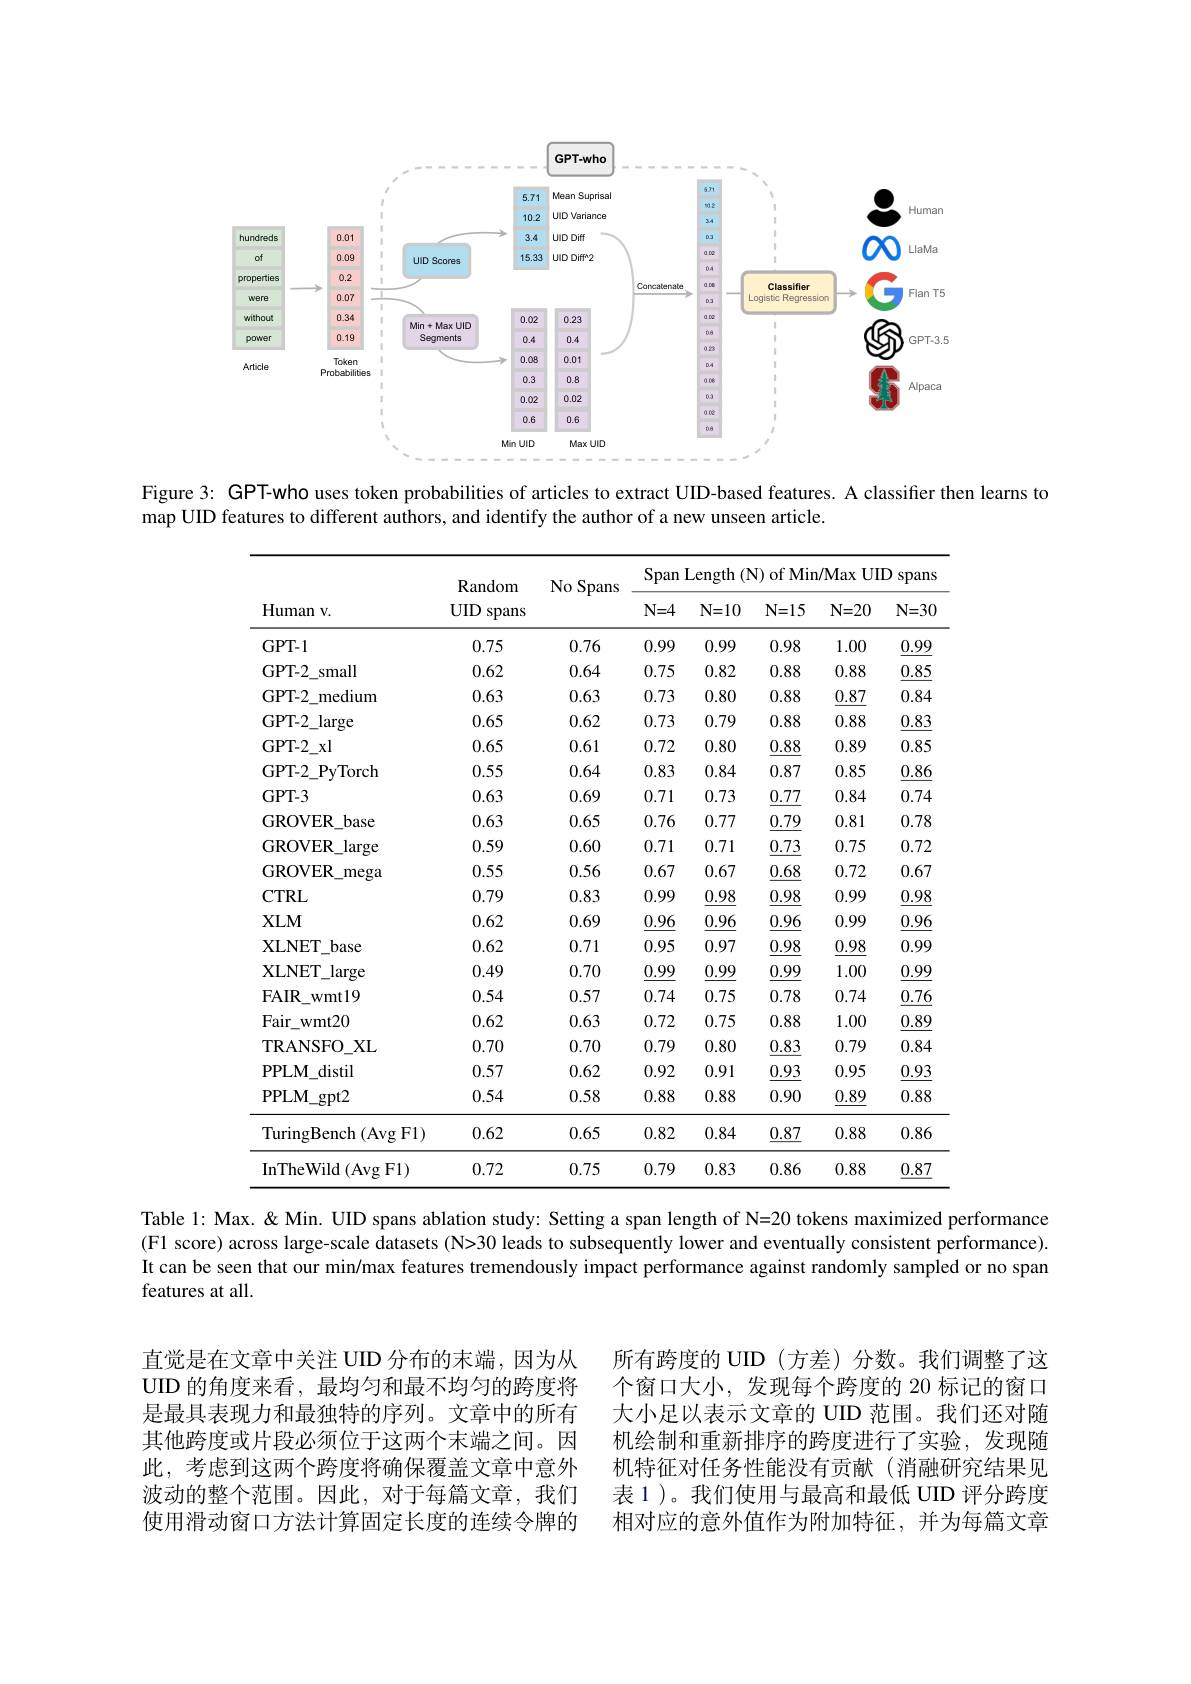
<FigureHere>

Figure 3: GPT-who uses token probabilities of articles to extract UID-based features. A classifier then learns to
map UID features to different authors, and identify the author of a new unseen article.

<table>
	<tbody>
		<tr>
			<th rowspan="2">Human v. </th>
			<th rowspan="2">Random UID spans</th>
			<th rowspan="2">No Spans</th>
			<th colspan="5">Span Length (N) of Min/Max UID spans $1\leq$</th>
		</tr>
		<tr>
			<th>$N=4$</th>
			<th>$N=10$</th>
			<th>$N=15$</th>
			<th>$N=20$</th>
			<th>$N=30$</th>
		</tr>
		<tr>
			<td>$GPT-1$</td>
			<td>0.75</td>
			<td>0.76</td>
			<td>0.99</td>
			<td>0.99</td>
			<td>0.98</td>
			<td>1.00</td>
			<td>0.99</td>
		</tr>
		<tr>
			<td>GPT-2 small</td>
			<td>0.62</td>
			<td>0.64</td>
			<td>0.75</td>
			<td>0.82</td>
			<td>0.88</td>
			<td>0.88</td>
			<td>0.85</td>
		</tr>
		<tr>
			<td>GPT- 2 medium </td>
			<td>0.63</td>
			<td>0.63</td>
			<td>0.73</td>
			<td>0.80</td>
			<td>0.88</td>
			<td>0.87</td>
			<td>0.84</td>
		</tr>
		<tr>
			<td>GPT- 2 large</td>
			<td>0.65</td>
			<td>0.62</td>
			<td>0.73</td>
			<td>0.79</td>
			<td>0.88</td>
			<td>0.88</td>
			<td>0.83</td>
		</tr>
		<tr>
			<td>GPT- $2_{x}$l</td>
			<td>0.65</td>
			<td>0.61</td>
			<td>0.72</td>
			<td>0.80</td>
			<td>0.88</td>
			<td>0.89</td>
			<td>0.85</td>
		</tr>
		<tr>
			<td>GPT-2 PyTorch </td>
			<td>0.55</td>
			<td>0.64</td>
			<td>0.83</td>
			<td>0.84</td>
			<td>0.87</td>
			<td>0.85</td>
			<td>0.86</td>
		</tr>
		<tr>
			<td>GPT-3</td>
			<td>0.63</td>
			<td>0.69</td>
			<td>0.71</td>
			<td>0.73</td>
			<td>0.77</td>
			<td>0.84</td>
			<td>0.74</td>
		</tr>
		<tr>
			<td>GROVER base</td>
			<td>0.63</td>
			<td>0.65</td>
			<td>0.76</td>
			<td>0.77</td>
			<td>0.79</td>
			<td>0.81</td>
			<td>0.78</td>
		</tr>
		<tr>
			<td>GROVER large</td>
			<td>0.59</td>
			<td>0.60</td>
			<td>0.71</td>
			<td>0.71</td>
			<td>0.73</td>
			<td>0.75</td>
			<td>0.72</td>
		</tr>
		<tr>
			<td>GROVER\_mega</td>
			<td>0.55</td>
			<td>0.56</td>
			<td>0.67</td>
			<td>0.67</td>
			<td>$\underline{0.68}$</td>
			<td>0.72</td>
			<td>0.67</td>
		</tr>
		<tr>
			<td>CTRL</td>
			<td>0.79</td>
			<td>0.83</td>
			<td>0.99</td>
			<td>0.98</td>
			<td>0.98</td>
			<td>0.99</td>
			<td>0.98</td>
		</tr>
		<tr>
			<td>$XLM$</td>
			<td>0.62</td>
			<td>0.69</td>
			<td>0.96</td>
			<td>0.96</td>
			<td>0.96</td>
			<td>0.99</td>
			<td>0.96</td>
		</tr>
		<tr>
			<td>XLNET$\_$base </td>
			<td>0.62</td>
			<td>0.71</td>
			<td>0.95</td>
			<td>0.97</td>
			<td>0.98</td>
			<td>0.98</td>
			<td>0.99</td>
		</tr>
		<tr>
			<td>XLNET $\therefore$large</td>
			<td>0.49</td>
			<td>0.70</td>
			<td>$\underline{0.99}$</td>
			<td>$\underline{0.99}$</td>
			<td>$\underline{0.99}$</td>
			<td>1.00</td>
			<td>$\underline{0.99}$</td>
		</tr>
		<tr>
			<td>FAI$R_{wmt19}$</td>
			<td>0.54</td>
			<td>0.57</td>
			<td>0.74</td>
			<td>0.75</td>
			<td>0.78</td>
			<td>0.74</td>
			<td>0.76</td>
		</tr>
		<tr>
			<td>Fair$\_$wmt20</td>
			<td>0.62</td>
			<td>0.63</td>
			<td>0.72</td>
			<td>0.75</td>
			<td>0.88</td>
			<td>1.00</td>
			<td>$\underline{0.89}$</td>
		</tr>
		<tr>
			<td>TRANSFO$\_$XL</td>
			<td>0.70</td>
			<td>0.70</td>
			<td>0.79</td>
			<td>0.80</td>
			<td>0.83</td>
			<td>0.79</td>
			<td>0.84</td>
		</tr>
		<tr>
			<td>PPLM distil</td>
			<td>0.57</td>
			<td>0.62</td>
			<td>0.92</td>
			<td>0.91</td>
			<td>0.93</td>
			<td>0.95</td>
			<td>0.93</td>
		</tr>
		<tr>
			<td>PPLM$\_$gpt2</td>
			<td>0.54</td>
			<td>0.58</td>
			<td>0.88</td>
			<td>0.88</td>
			<td>0.90</td>
			<td>$\underline{0.89}$</td>
			<td>0.88</td>
		</tr>
		<tr>
			<td>TuringBench ${\mathbf{h}}\left(\mathrm{Avg~F1}\right)$</td>
			<td>0.62</td>
			<td>0.65</td>
			<td>0.82</td>
			<td>0.84</td>
			<td>$\underline{0.87}$</td>
			<td>0.88</td>
			<td>0.86</td>
		</tr>
		<tr>
			<td>InTheWild ( Avg F1) </td>
			<td>0.72</td>
			<td>0.75</td>
			<td>0.79</td>
			<td>0.83</td>
			<td>0.86</td>
			<td>0.88</td>
			<td>0.87</td>
		</tr>
	</tbody>
</table>
Table 1: Max. & Min. UID spans ablation study: Setting a span length of N=20 tokens maximized performance

(F1 score) across large-scale datasets (N>30 leads to subsequently lower and eventually consistent performance). It can be seen that our min/max features tremendously impact performance against randomly sampled or no span features at all.

直觉是在文章中关注 UID 分布的末端，因为从UID 的角度来看，最均匀和最不均匀的跨度将是最具表现力和最独特的序列。文章中的所有其他跨度或片段必须位于这两个末端之间。因此，考虑到这两个跨度将确保覆盖文章中意外波动的整个范围。因此，对于每篇文章，我们使用滑动窗口方法计算固定长度的连续令牌的

所有跨度的 UID (方差)分数。我们调整了这个窗口大小，发现每个跨度的 20 标记的窗口大小足以表示文章的 UID 范围。我们还对随机绘制和重新排序的跨度进行了实验，发现随机特征对任务性能没有贡献(消融研究结果见表 1 )。我们使用与最高和最低 UID 评分跨度相对应的意外值作为附加特征，并为每篇文章